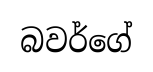
බවර්ගේ